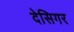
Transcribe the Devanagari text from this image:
देसिगर